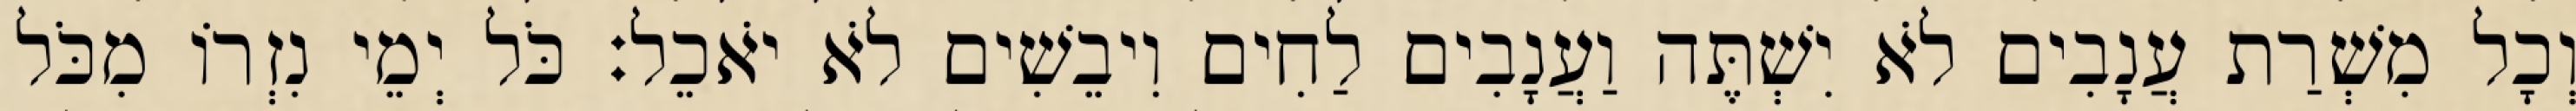
וְכָל מִשְׁרַת עֲנָבִים לֹא יִשְׁתֶּה וַעֲנָבִים לַחִים וִיבֵשִׁים לֹא יֹאכֵל׃ כֹּל יְמֵי נִזְרוֹ מִכֹּל